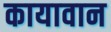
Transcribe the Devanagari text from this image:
कायावान